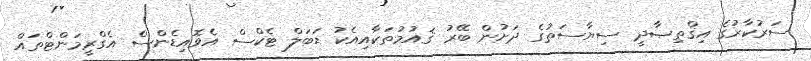
ސަރުކާރުގެ އިޤްތިޞާދީ ސިޔާސަތުގެ ދަށުން ބޭރު ޤައުމުތަކާއިއެކު ޑަބަލް ޓެކްސް އެވޮއިޑެންސް އެގްރީމަންޓްތައް